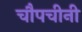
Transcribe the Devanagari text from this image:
चौपचीनी